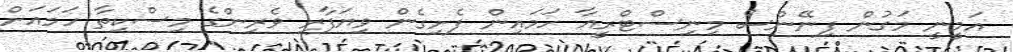
އަމީނީ މަގުން ފިނޭންސް މިނިސްޓްރީއާ ހަމައިން ފެށިގެން ވިޔަފާރި ވެރިންގެ މިސްކިތާ ހަމައަށް